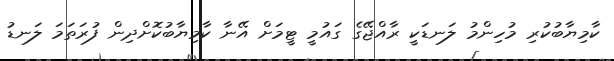
ކާމިޔާބުކުރި މުހިންމު ލަނޑަކީ ރާއްޖޭގެ ގައުމީ ޓީމަށް އޭނާ ކާމިޔާބުކޮށްދިން ފުރަތަމަ ލަނޑު